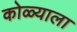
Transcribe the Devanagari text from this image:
कोळ्याला